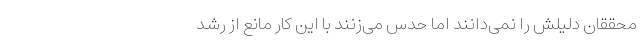
محققان دلیلش را نمی‌دانند اما حدس می‌زنند با این کار مانع از رشد